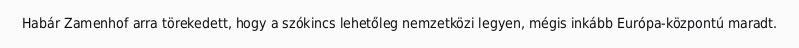
Habár Zamenhof arra törekedett, hogy a szókincs lehetőleg nemzetközi legyen, mégis inkább Európa-központú maradt.